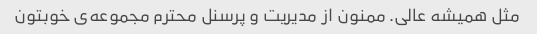
مثل همیشه عالی. ممنون از مدیریت و پرسنل محترم مجموعه‌ی خوبتون